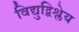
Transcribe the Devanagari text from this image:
विद्युद्विश्लेय